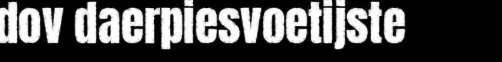
dov daerpiesvoetijste